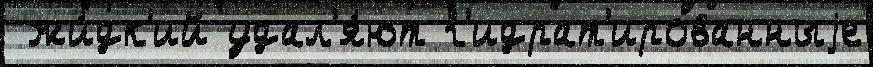
 жи́дк'ий удал'я́ют г'идрат'ированныjе